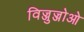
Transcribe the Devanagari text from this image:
विज्जुज्जोओ